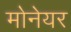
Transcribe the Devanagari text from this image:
मोनेयर